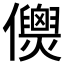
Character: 𠑎